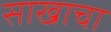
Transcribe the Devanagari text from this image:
साखाचा